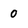
Character: 0